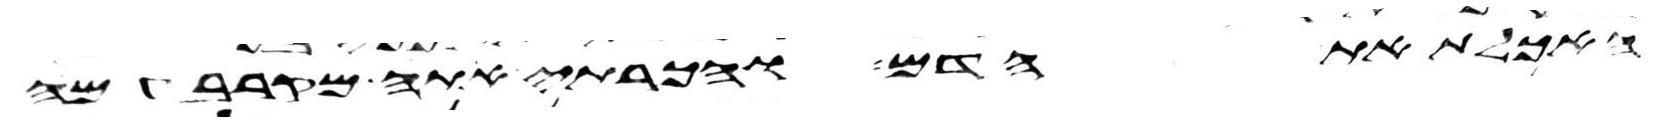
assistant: האכלת את הדם והכרתי אתה מקרב עמה